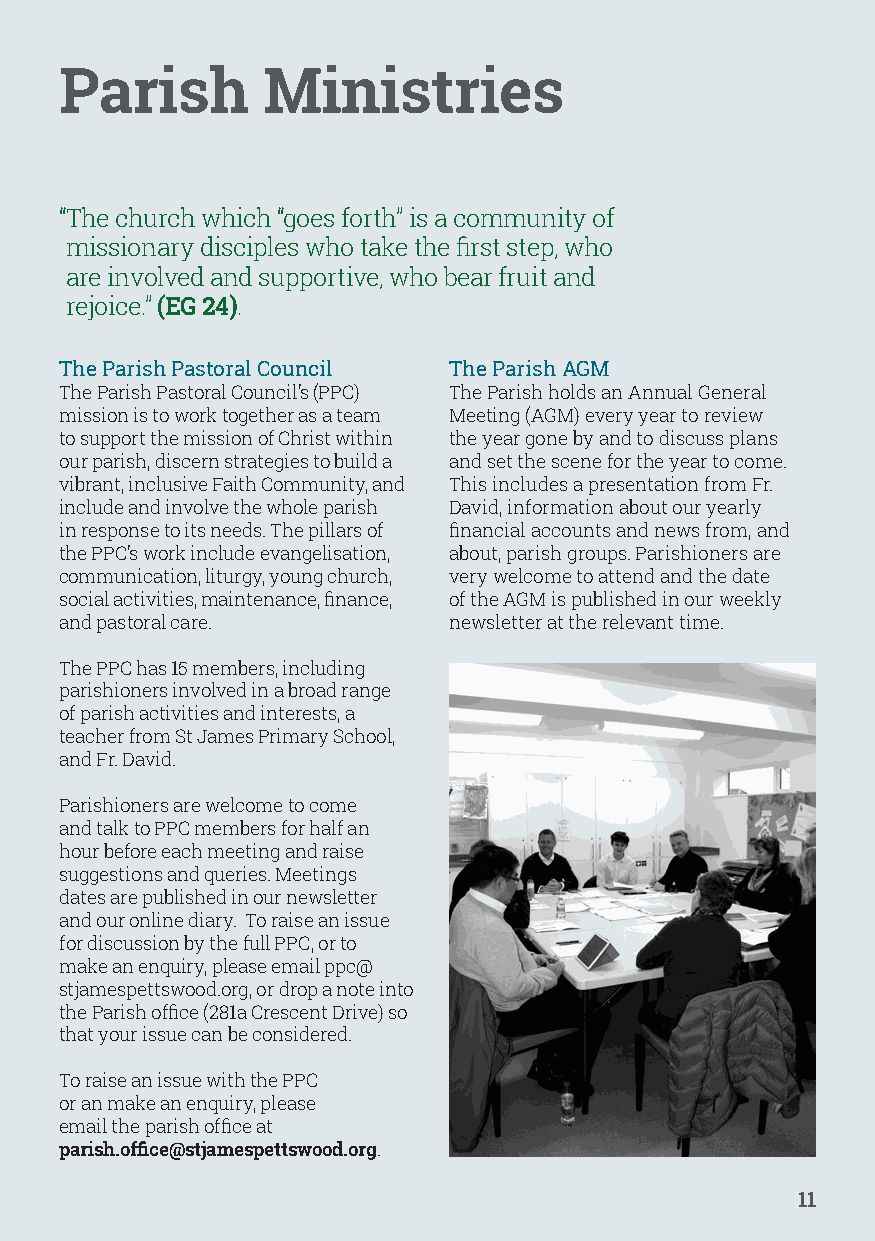
Parish       Ministries
 “T he church which “goes forth” is a community of
 missionary disciples who take the first step, who
 are involved and supportive, who bear fruit and
 rejoice.” (EG 24).
 The Parish Pastoral Council The Parish AGM
 The Parish Pastoral Council’s (PPC) The Parish holds an Annual General
 mission is to work together as a team Meeting (AGM) every year to review
 to support the mission of Christ within the year gone by and to discuss plans
 our parish, discern strategies to build a and set the scene for the year to come.
 vibrant, inclusive Faith Community, and This includes a presentation from Fr.
 include and involve the whole parish David, information about our yearly
 in response to its needs. The pillars of financial accounts and news from, and
 the PPC’s work include evangelisation, about, parish groups. Parishioners are
 communication, liturgy, young church, very welcome to attend and the date
 social activities, maintenance, finance, of the AGM is published in our weekly
 and pastoral care.        newsletter at the relevant time.
 The PPC has 15 members, including
 parishioners involved in a broad range
 of parish activities and interests, a
 teacher from St James Primary School,
 and Fr. David.
 Parishioners are welcome to come
 and talk to PPC members for half an
 hour before each meeting and raise
 suggestions and queries. Meetings
 dates are published in our newsletter
 and our online diary. To raise an issue
 for discussion by the full PPC, or to
 make an enquiry, please email ppc@
 stjamespettswood.org, or drop a note into
 the Parish office (281a Crescent Drive) so
 that your issue can be considered.
 To raise an issue with the PPC
 or an make an enquiry, please
 email the parish office at
 parish.office@stjamespettswood.org.
 11